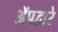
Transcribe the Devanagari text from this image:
ॲपद्वारे